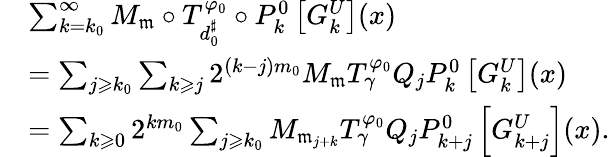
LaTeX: \begin{array}{rl}&{\sum_{k=k_{0}}^{\infty}M_{\mathfrak m}\circ T_{d_{0}^{\sharp}}^{\varphi_{0}}\circ P_{k}^{0}\left[G_{k}^{U}\right](x)}\\ &{=\sum_{j\geqslant k_{0}}\sum_{k\geqslant j}2^{(k-j)m_{0}}M_{\mathfrak m}T_{\gamma}^{\varphi_{0}}Q_{j}P_{k}^{0}\left[G_{k}^{U}\right](x)}\\ &{=\sum_{k\geqslant 0}2^{km_{0}}\sum_{j\geqslant k_{0}}M_{\mathfrak m_{j+k}}T_{\gamma}^{\varphi_{0}}Q_{j}P_{k+j}^{0}\left[G_{k+j}^{U}\right](x).}\end{array}